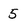
Character: 5